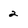
Character: 2